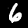
Digit: 6